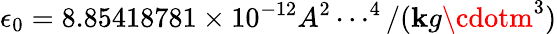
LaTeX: \epsilon_{0}=8.85418781\times10^{-12}A^{2}\cdots^{4}/(\mathbf{k}g\cdotm^{3})